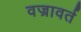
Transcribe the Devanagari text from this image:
वज्रावर्त